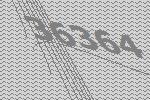
36364